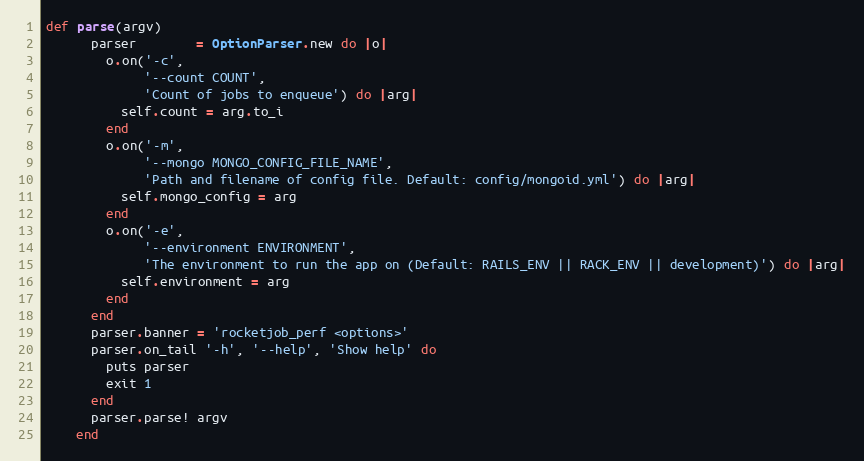
Language: Ruby
def parse(argv)
      parser        = OptionParser.new do |o|
        o.on('-c',
             '--count COUNT',
             'Count of jobs to enqueue') do |arg|
          self.count = arg.to_i
        end
        o.on('-m',
             '--mongo MONGO_CONFIG_FILE_NAME',
             'Path and filename of config file. Default: config/mongoid.yml') do |arg|
          self.mongo_config = arg
        end
        o.on('-e',
             '--environment ENVIRONMENT',
             'The environment to run the app on (Default: RAILS_ENV || RACK_ENV || development)') do |arg|
          self.environment = arg
        end
      end
      parser.banner = 'rocketjob_perf <options>'
      parser.on_tail '-h', '--help', 'Show help' do
        puts parser
        exit 1
      end
      parser.parse! argv
    end